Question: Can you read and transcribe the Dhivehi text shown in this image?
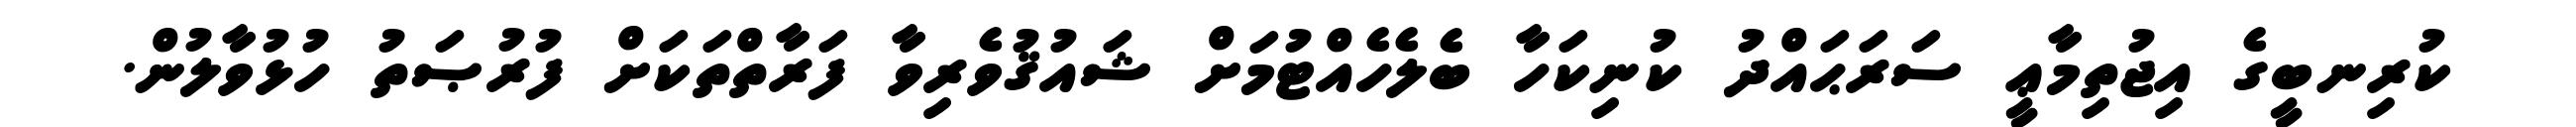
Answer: ކުރިނބީގެ އިޖުތިމާޢީ ސަރަޙައްދު ކުނިކަހާ ބެލެހެއްޓުމަށް ޝައުޤުވެރިވާ ފަރާތްތަކަށް ފުރުޞަތު ހުޅުވާލުން.